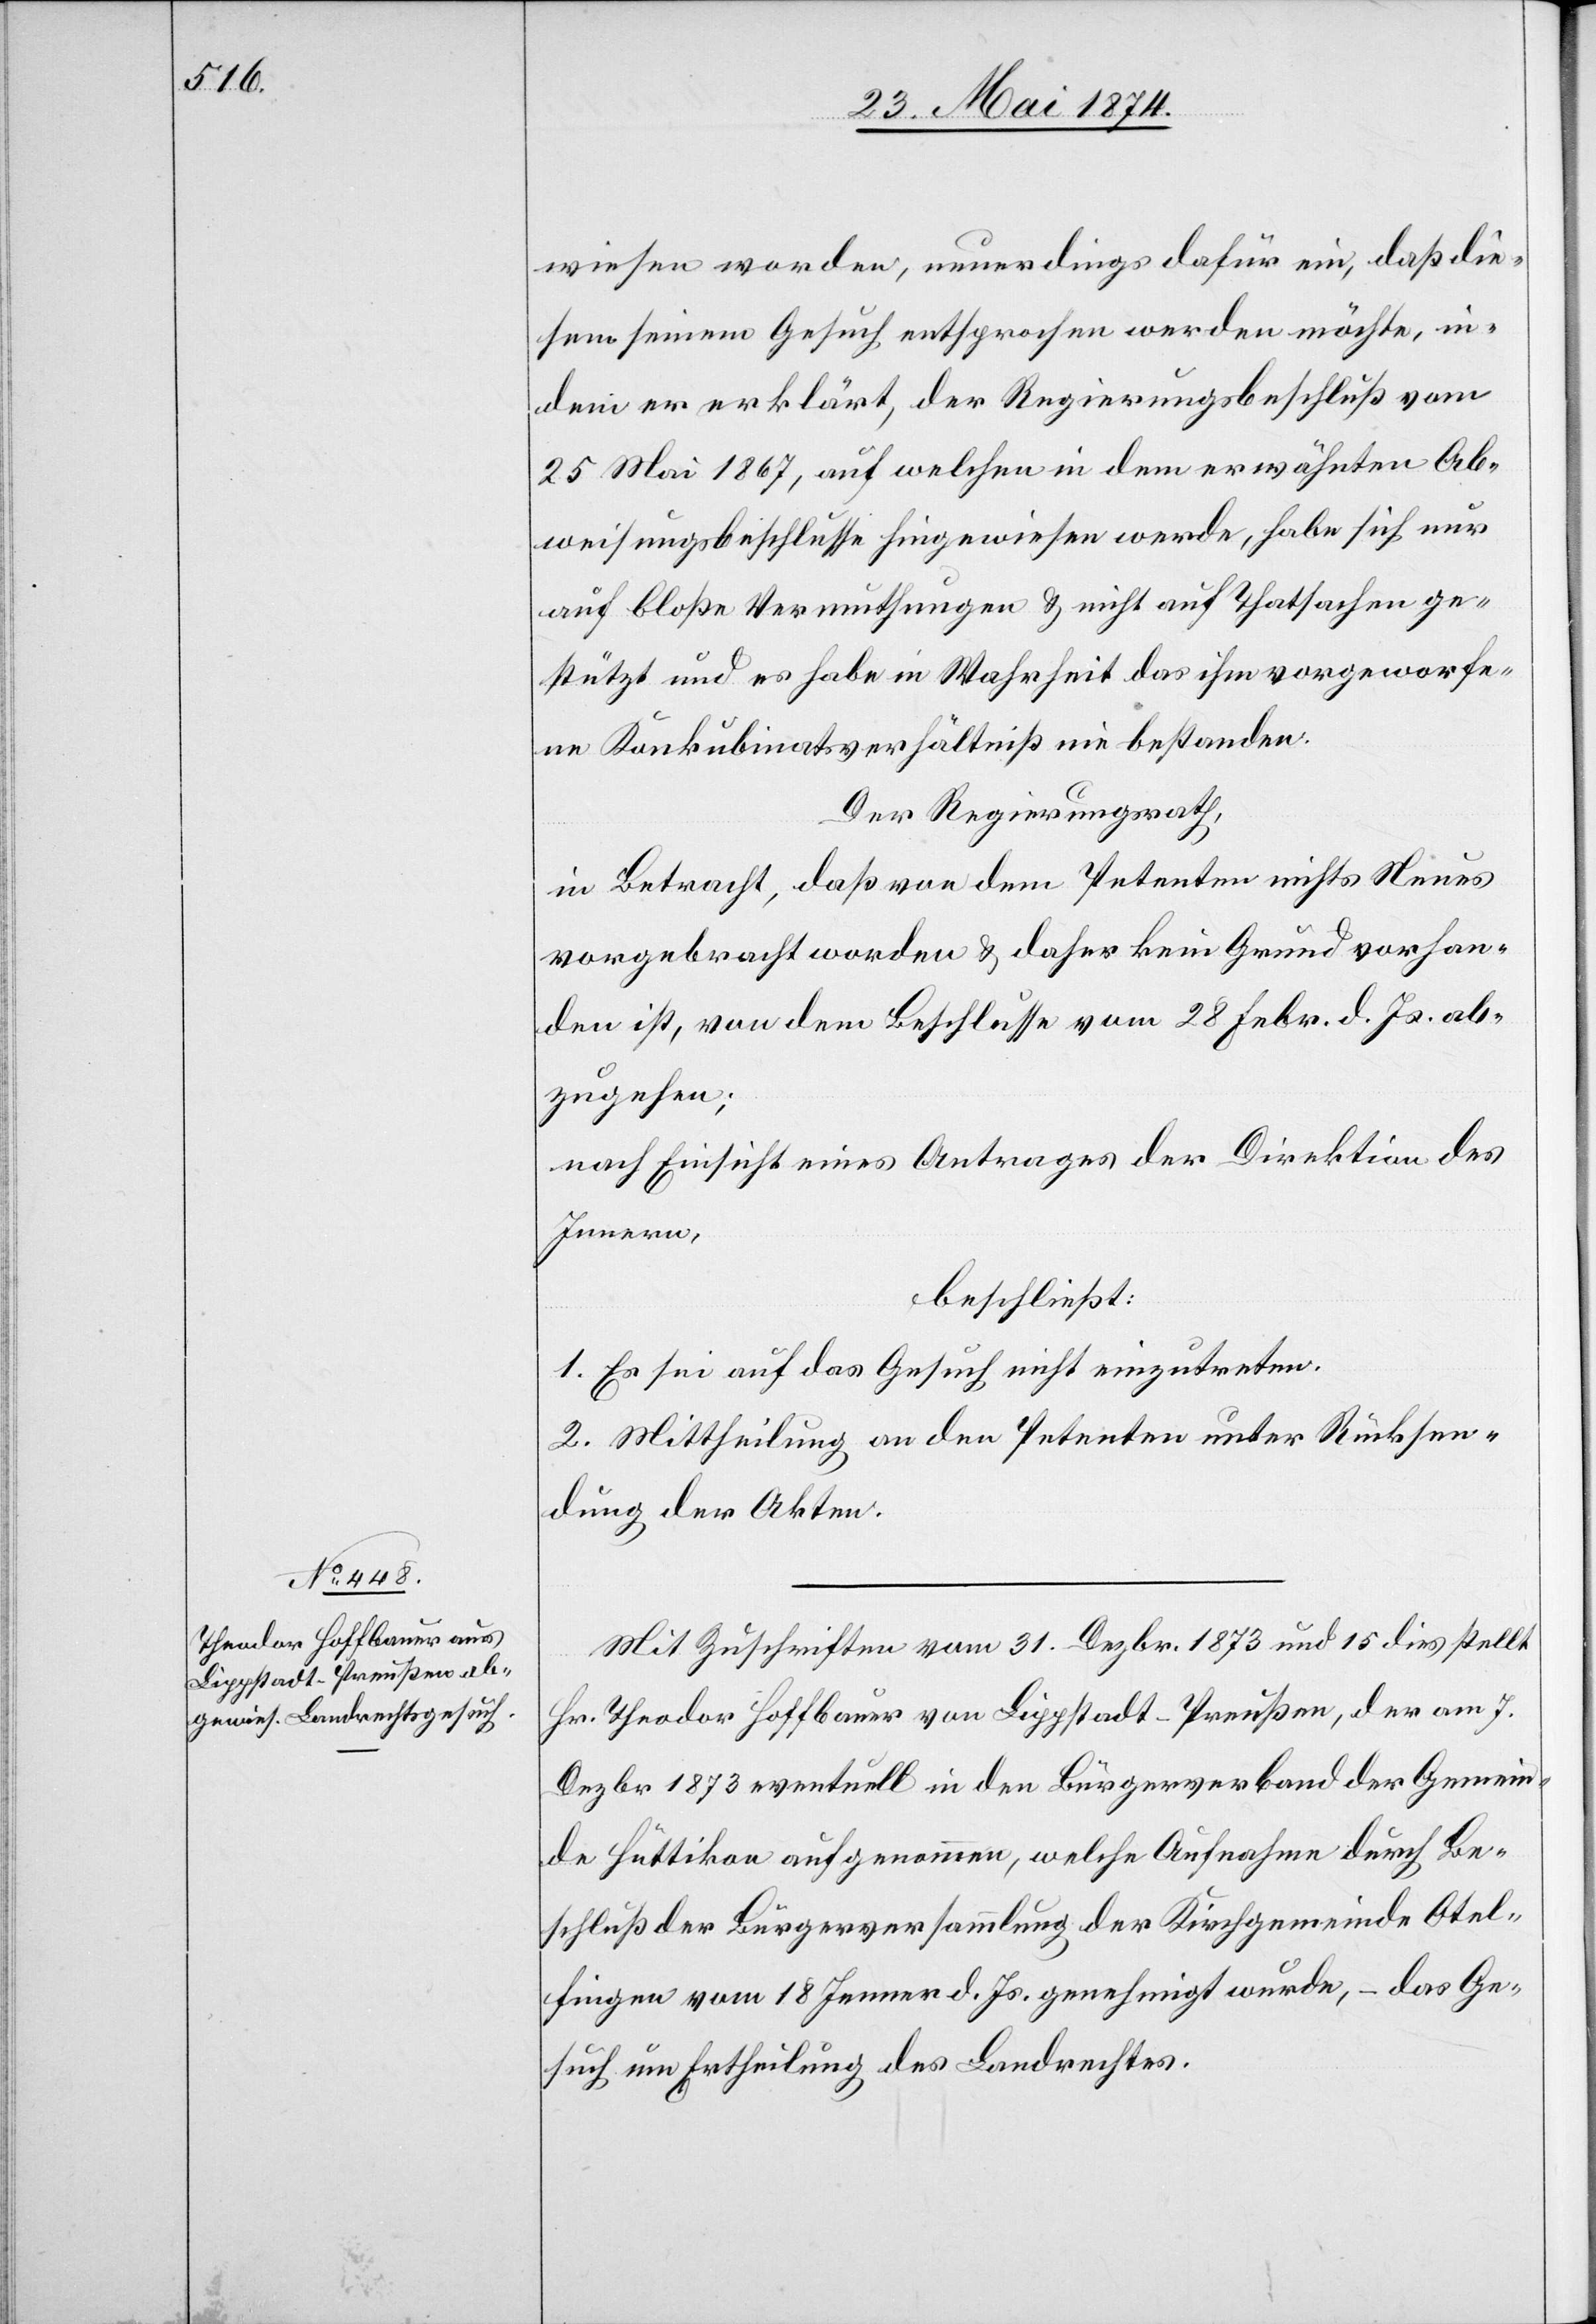
wiesen worden, neuerdings dafür ein, daß die¬
sem seinem Gesuch entsprochen werden möchte, in¬
dem er erklärt, der Regierungsbeschluß vom
25. Mai 1867, auf welchen in dem erwähnten Ab¬
weisungsbeschlusse hingewiesen werde, habe sich nur
auf bloße Vermuthungen u. nicht auf Thatsachen ge¬
stützt und es habe in Wahrheit das ihm vorgeworfe¬
ne Konkubinatsverhältniß nie bestanden.
Der Regierungsrath,
in Betracht, daß von dem Petenten nichts Neues
vorgebracht worden u. daher kein Grund vorhan¬
den ist, von dem Beschlusse vom 28. Febr. d. Js. ab¬
zugehen;
nach Einsicht eines Antrages der Direktion des
Innern,
beschließt:
1. Es sei auf das Gesuch nicht einzutreten.
2. Mittheilung an den Petenten unter Rücksen¬
dung der Akten.
Mit Zuschriften vom 31. Dezbr. 1873 und 15. dies stellt
Hr. Theodor Hoffbauer von Lippstadt-Preußen, der am 7.
Dezbr. 1873 eventuell in den Bürgerverband der Gemein¬
de Hüttikon aufgenommen, welche Aufnahme durch Be¬
schluß der Bürgerversammlung der Kirchgemeinde Ottel¬
fingen vom 18. Jenner d. Js. genehmigt wurde, – das Ge¬
such um Ertheilung des Landrechtes.